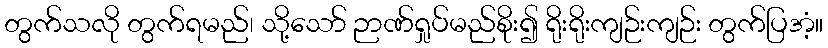
တွက်သလို တွက်ရမည်၊ သို့သော် ဉာဏ်ရှုပ်မည်စိုး၍ ရိုးရိုးကျဉ်းကျဉ်း တွက်ပြအံ့။